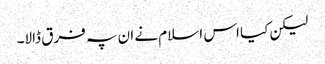
لیکن کیا اس اسلام نے ان پہ فرق ڈالا۔